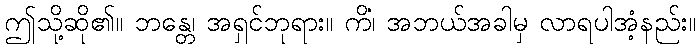
ဤသို့ဆို၏။ ဘန္တေ၊ အရှင်ဘုရား။ ကိံ၊ အဘယ်အခါမှ လာရပါအံ့နည်း။